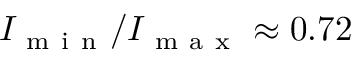
I _ { \mathrm { ~ m ~ i ~ n ~ } } / I _ { \mathrm { ~ m ~ a ~ x ~ } } \approx 0 . 7 2